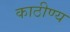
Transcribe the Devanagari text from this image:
काठीण्य